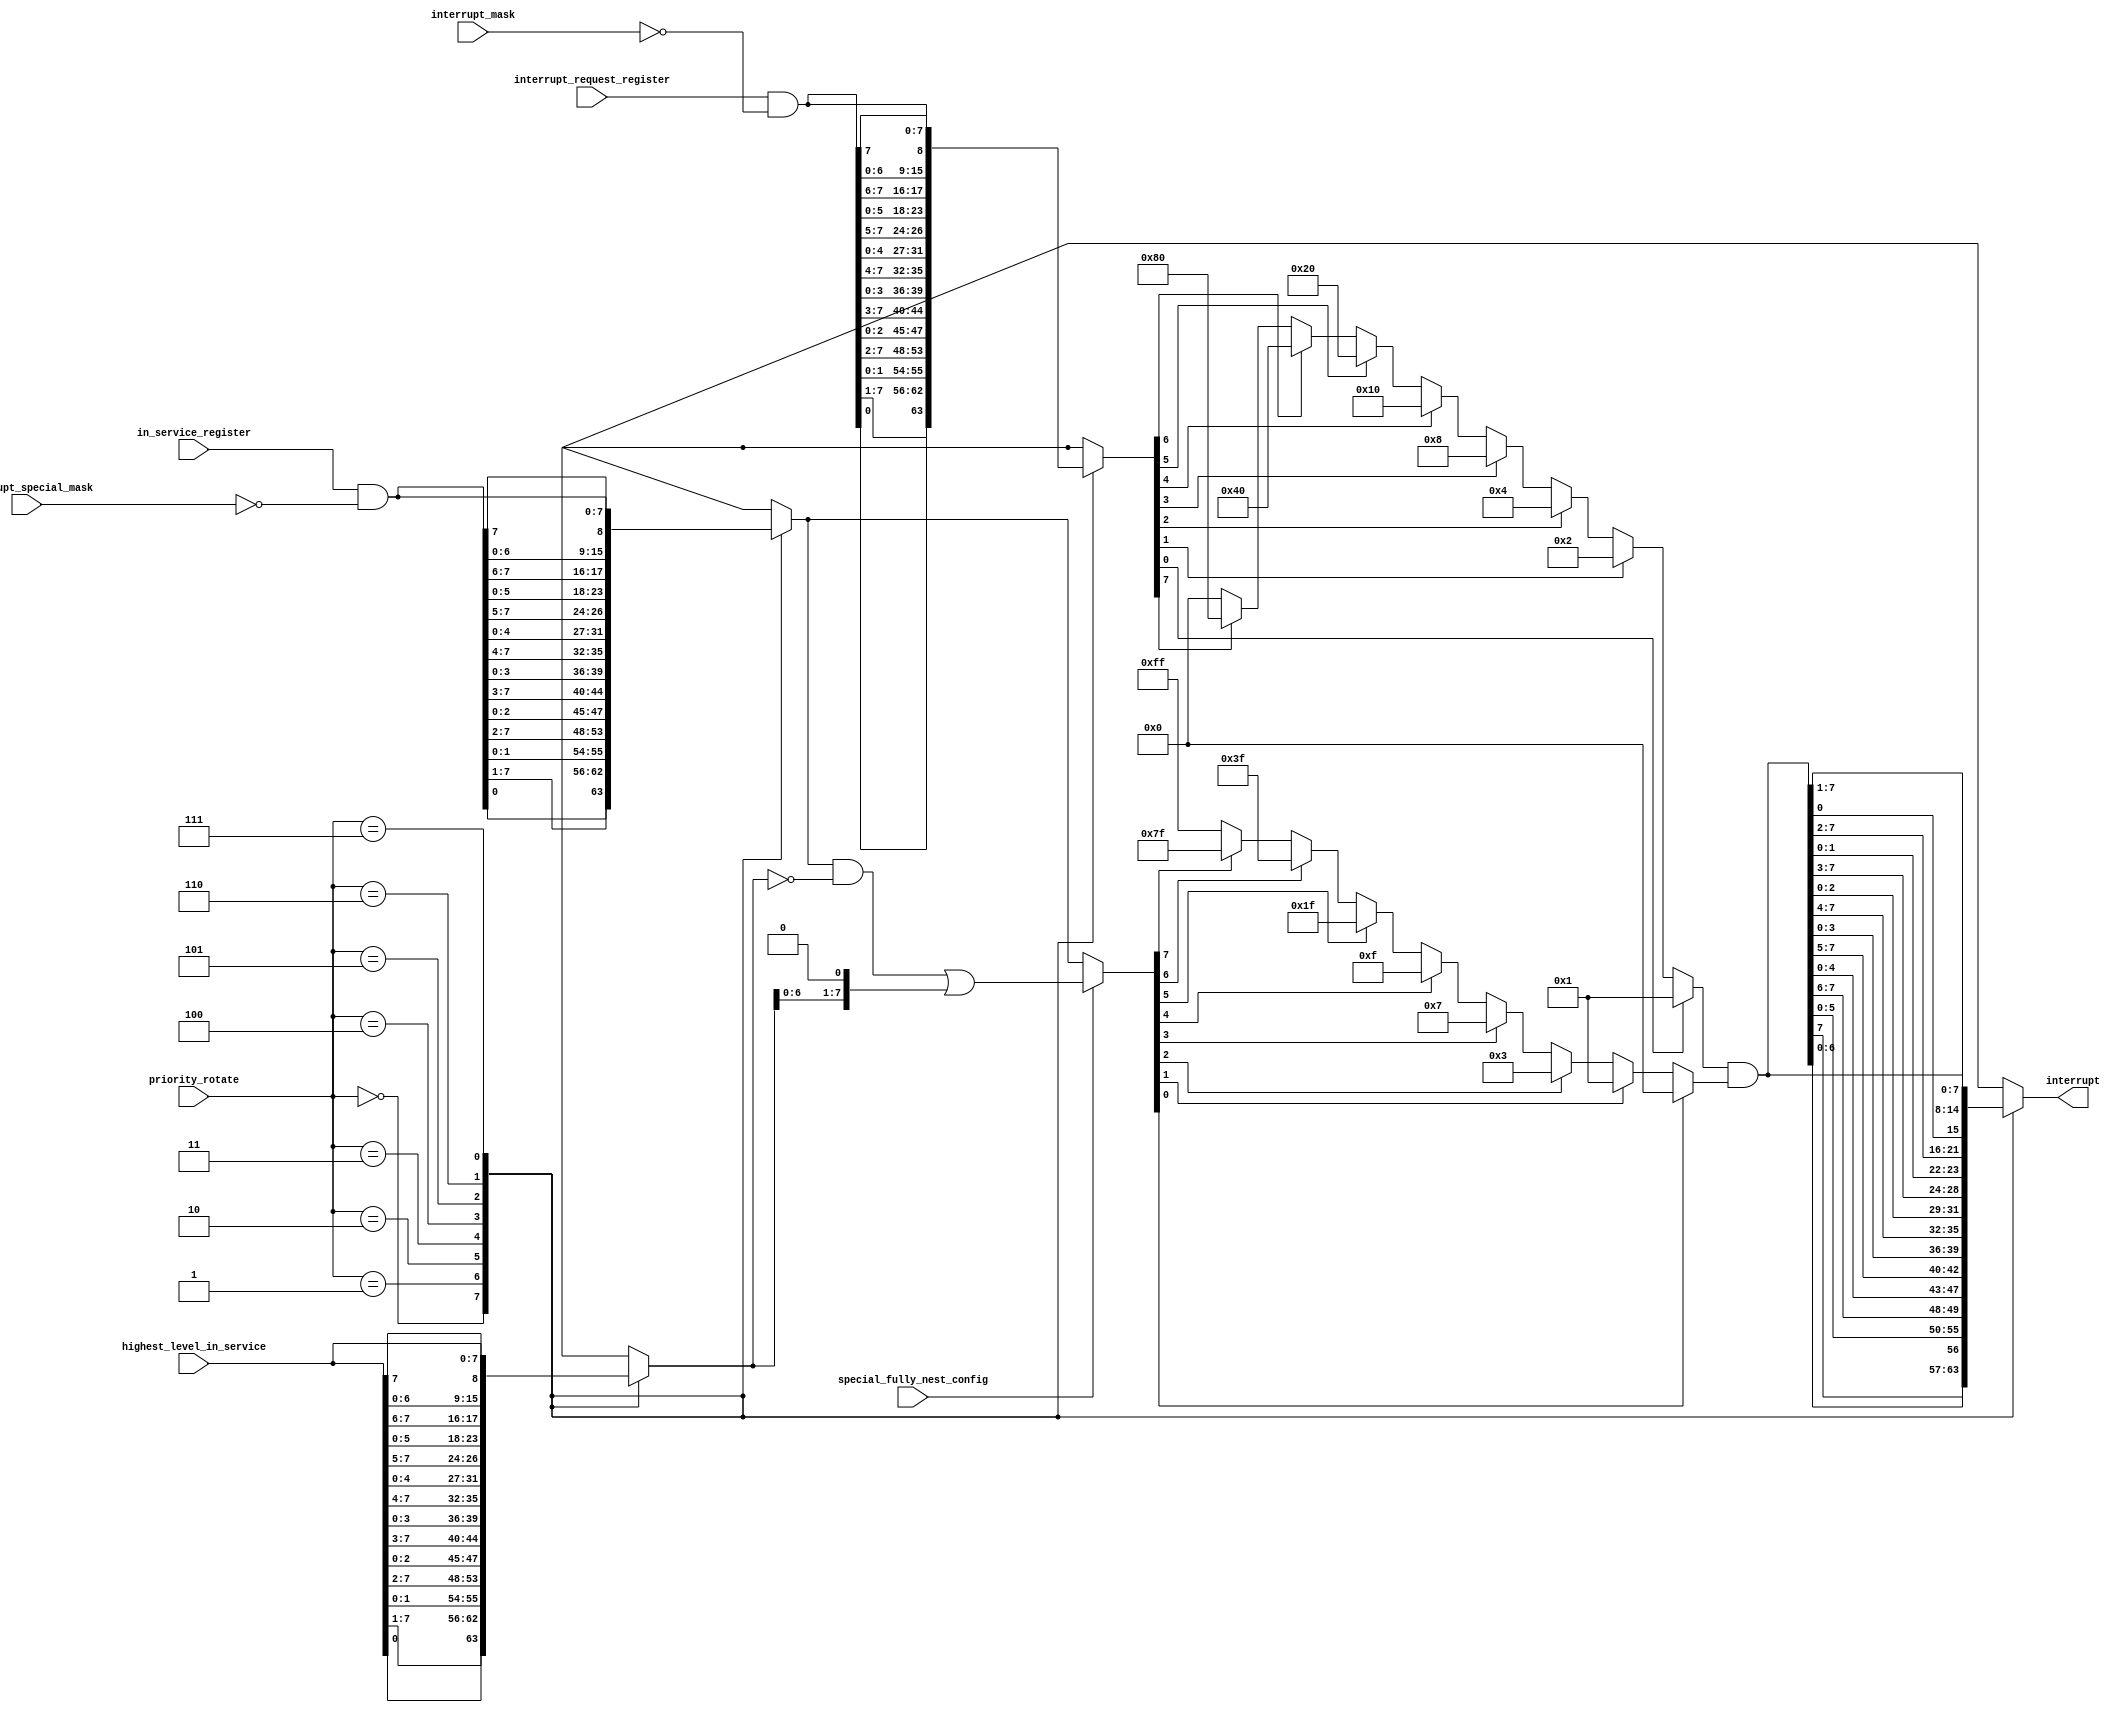
module pr_8259 (

	priority_rotate,
	interrupt_mask,
	interrupt_special_mask,
	special_fully_nest_config,
	highest_level_in_service,
	interrupt_request_register,
	in_service_register,
	interrupt );

	input wire [2:0] priority_rotate;
	input wire [7:0] interrupt_mask;
	input wire [7:0] interrupt_special_mask;
	input wire special_fully_nest_config;
	input wire [7:0] highest_level_in_service;
	input wire [7:0] interrupt_request_register;
	input wire [7:0] in_service_register;
	output wire [7:0] interrupt;
	wire [7:0] masked_interrupt_request;
	
	assign masked_interrupt_request = interrupt_request_register & ~interrupt_mask;
	wire [7:0] masked_in_service;
	assign masked_in_service = in_service_register & ~interrupt_special_mask;
	
	wire [7:0] rotated_request;
	reg [7:0] rotated_in_service;
	wire [7:0] rotated_highest_level_in_service;
	reg [7:0] priority_mask;
	wire [7:0] rotated_interrupt;
	
	function [7:0] rotate_right;
		input [7:0] source;
		input [2:0] rotate;
		case (rotate)
			3'b000: rotate_right = {source[0], source[7:1]};
			3'b001: rotate_right = {source[1:0], source[7:2]};
			3'b010: rotate_right = {source[2:0], source[7:3]};
			3'b011: rotate_right = {source[3:0], source[7:4]};
			3'b100: rotate_right = {source[4:0], source[7:5]};
			3'b101: rotate_right = {source[5:0], source[7:6]};
			3'b110: rotate_right = {source[6:0], source[7]};
			3'b111: rotate_right = source;
			default: rotate_right = source;
		endcase
	endfunction

	assign rotated_request = rotate_right(masked_interrupt_request, priority_rotate);
	assign rotated_highest_level_in_service = rotate_right(highest_level_in_service, priority_rotate);
	always @(*) begin
		rotated_in_service = rotate_right(masked_in_service, priority_rotate);
		if (special_fully_nest_config == 1'b1)
			rotated_in_service = (rotated_in_service & ~rotated_highest_level_in_service) | {rotated_highest_level_in_service[6:0], 1'b0};
	end
	always @(*) begin
		if (rotated_in_service[0] == 1'b1)
			priority_mask = 8'b00000000;
		else if (rotated_in_service[1] == 1'b1)
			priority_mask = 8'b00000001;
		else if (rotated_in_service[2] == 1'b1)
			priority_mask = 8'b00000011;
		else if (rotated_in_service[3] == 1'b1)
			priority_mask = 8'b00000111;
		else if (rotated_in_service[4] == 1'b1)
			priority_mask = 8'b00001111;
		else if (rotated_in_service[5] == 1'b1)
			priority_mask = 8'b00011111;
		else if (rotated_in_service[6] == 1'b1)
			priority_mask = 8'b00111111;
		else if (rotated_in_service[7] == 1'b1)
			priority_mask = 8'b01111111;
		else
			priority_mask = 8'b11111111;
	end

	function [7:0] resolve_priority;
		input [7:0] request;
		if (request[0] == 1'b1)
			resolve_priority = 8'b00000001;
		else if (request[1] == 1'b1)
			resolve_priority = 8'b00000010;
		else if (request[2] == 1'b1)
			resolve_priority = 8'b00000100;
		else if (request[3] == 1'b1)
			resolve_priority = 8'b00001000;
		else if (request[4] == 1'b1)
			resolve_priority = 8'b00010000;
		else if (request[5] == 1'b1)
			resolve_priority = 8'b00100000;
		else if (request[6] == 1'b1)
			resolve_priority = 8'b01000000;
		else if (request[7] == 1'b1)
			resolve_priority = 8'b10000000;
		else
			resolve_priority = 8'b00000000;
	endfunction

	assign rotated_interrupt = resolve_priority(rotated_request) & priority_mask;
	function [7:0] rotate_left;
		input [7:0] source;
		input [2:0] rotate;
		case (rotate)
			3'b000: rotate_left = {source[6:0], source[7]};
			3'b001: rotate_left = {source[5:0], source[7:6]};
			3'b010: rotate_left = {source[4:0], source[7:5]};
			3'b011: rotate_left = {source[3:0], source[7:4]};
			3'b100: rotate_left = {source[2:0], source[7:3]};
			3'b101: rotate_left = {source[1:0], source[7:2]};
			3'b110: rotate_left = {source[0], source[7:1]};
			3'b111: rotate_left = source;
			default: rotate_left = source;
		endcase
	endfunction
	assign interrupt = rotate_left(rotated_interrupt, priority_rotate);

endmodule